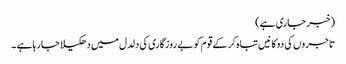
(خبر جاری ہے)
تاجروں کی دوکانیں تباہ کر کے قوم کو بے روزگاری کی دلدل میں دھکیلا جا رہاہے ۔